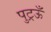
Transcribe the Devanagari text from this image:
पुट्रऊँ